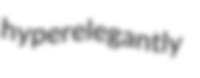
hyperelegantly